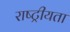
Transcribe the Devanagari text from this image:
राष्‍ट्रीयता